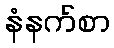
နံနက်စာ